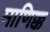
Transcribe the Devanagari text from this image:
माणिक्क